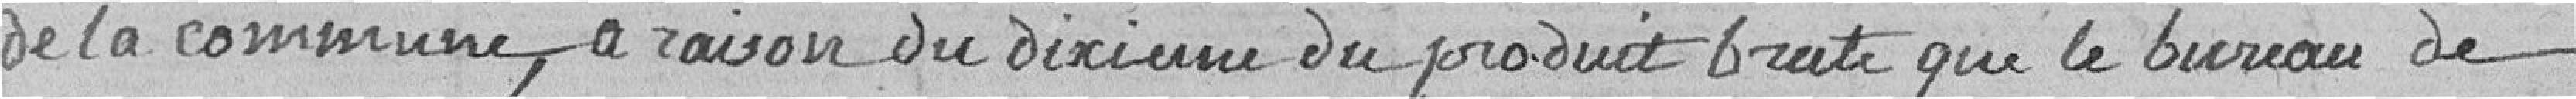
de la commune, à raison du dixième du produit brut que le bureau de